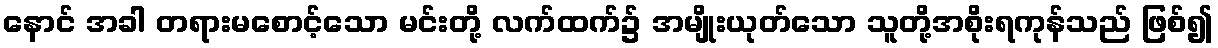
နောင် အခါ တရားမစောင့်သော မင်းတို့ လက်ထက်၌ အမျိုးယုတ်သော သူတို့အစိုးရကုန်သည် ဖြစ်၍